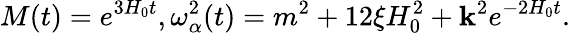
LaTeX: M(t)=e^{3H_{0}t},\omega_{\alpha}^{2}(t)=m^{2}+12\xi H_{0}^{2}+{\mathbf k}^{2}e^{-2H_{0}t}.